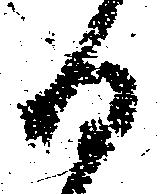
日